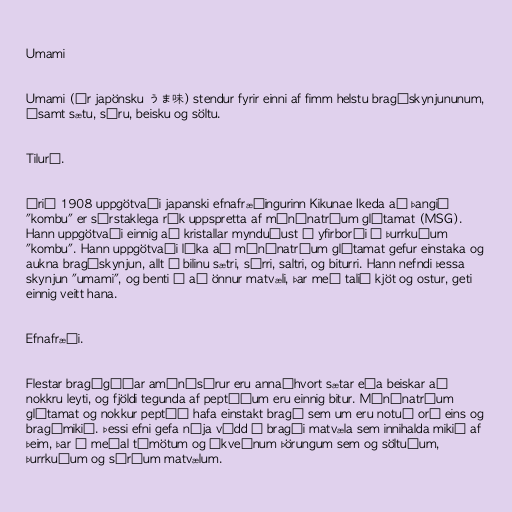
Umami

Umami (úr japönsku うま味) stendur fyrir einni af fimm helstu bragðskynjununum,
ásamt sætu, súru, beisku og söltu.

Tilurð.

Árið 1908 uppgötvaði japanski efnafræðingurinn Kikunae Ikeda að þangið
"kombu" er sérstaklega rík uppspretta af mónónatríum glútamat (MSG).
Hann uppgötvaði einnig að kristallar mynduðust á yfirborði á þurrkuðum
"kombu". Hann uppgötvaði líka að mónónatríum glútamat gefur einstaka og
aukna bragðskynjun, allt á bilinu sætri, súrri, saltri, og biturri. Hann nefndi þessa
skynjun "umami", og benti á að önnur matvæli, þar með talið kjöt og ostur, geti
einnig veitt hana.

Efnafræði.

Flestar bragðgóðar amínósýrur eru annaðhvort sætar eða beiskar að
nokkru leyti, og fjöldi tegunda af peptíðum eru einnig bitur. Mónónatríum
glútamat og nokkur peptíð hafa einstakt bragð sem um eru notuð orð eins og
bragðmikið. Þessi efni gefa nýja vídd í bragði matvæla sem innihalda mikið af
þeim, þar á meðal tómötum og ákveðnum þörungum sem og söltuðum,
þurrkuðum og sýrðum matvælum.